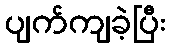
ပျက်ကျခဲ့ပြီး